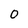
Character: 0